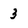
Character: 3